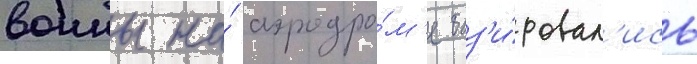
воины на́ аэродро́м'е баз'и́ровал'ись